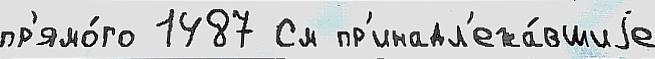
пр'ямо́го 1487 См пр'инадл'ежа́вшиjе